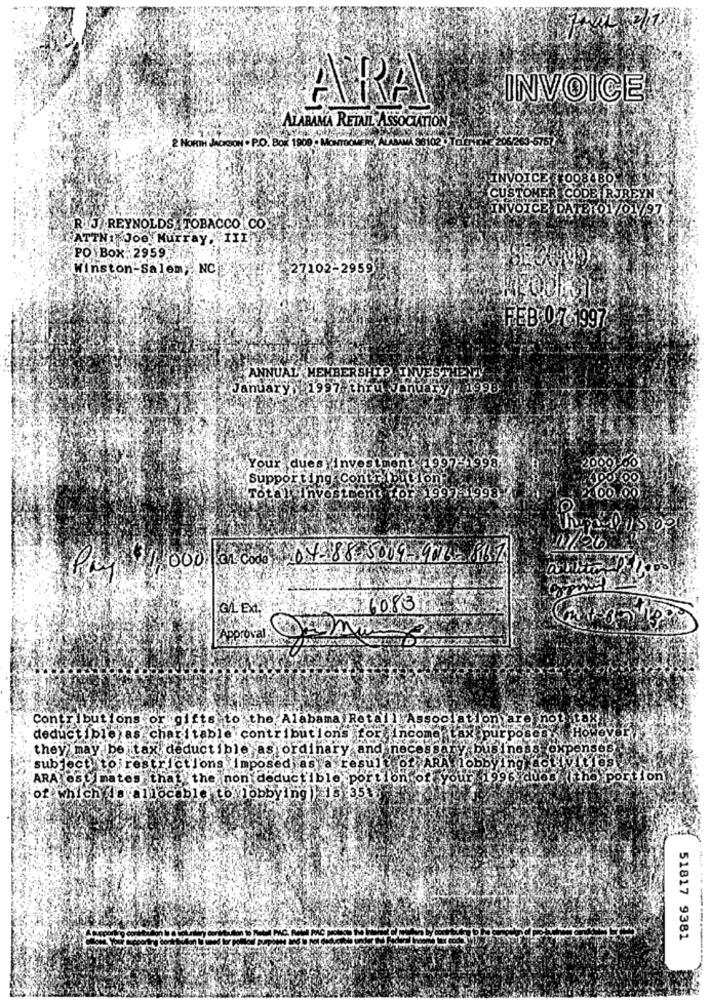
INVOICE
ARA
ALABAMA RETAIL ASSOCIATION
2 NORTH JACKSON . P.O. Box 1900 - MovToo , AwWA Saldo Tookcy?
INVOICE 00848O
CUSTOMER CO
DE IRJREYN
INVOICE DATE 01/01 /97
RIJ. REYNOLDS. TOBACCO CO
ATTN: Joe Murray,II1
PO Box; 2959
Winston-Salem, NC
27102-2959
FEB-07-1997
ANNUAL MEMBERSHIP INVESTMENT
January, 1997 thru January 1998
Your dues Investment 1997-1998
Supporting Contribution
Total investment for 1997-11998
6083
Approval
ontributions or gifts to the Alabama Rot
Association are not
deductible as charitable contributions fort income tax purpose
they may be tax deductible as ordinary and necessary
YOK
ns66
l'es
subject to restrictions imposed as a result of ARA 1obb
ARA estimates that the non deductible portion of your 1996 due
ho portion
of which 10 allocable to lobbying 15:35
51817 9381